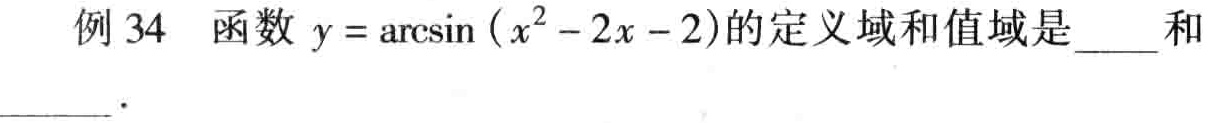
例 34 函数 \(y = \arcsin(x^{2}-2x - 2)\)的定义域和值域是____和____.